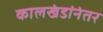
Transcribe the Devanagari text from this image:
कालखंडांनंतर